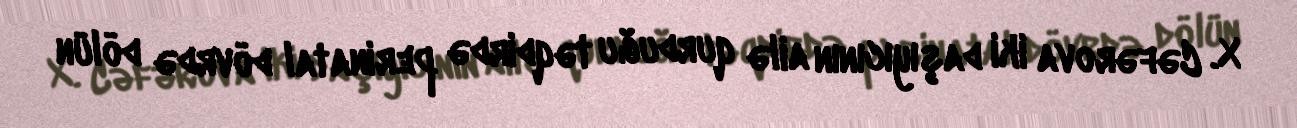
X. Cəfərova iki daşıyıcının ailə qurduğu təqdirdə perinatal dövrdə dölün